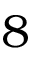
8